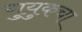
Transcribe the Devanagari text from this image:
गुयुकचा